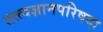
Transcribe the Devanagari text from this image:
तत्त्वज्ञानपरिषदा